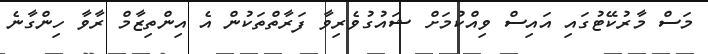
މަސް މާރުކޭޓުގައި އައިސް ވިއްކުމަށް ޝައުގުވެރިވާ ފަރާތްތަކުން އެ އިންތިޒާމް ރާވާ ހިންގާނެ